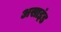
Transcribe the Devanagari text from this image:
असाइंड